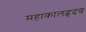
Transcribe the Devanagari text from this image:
महाकालहृदय